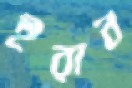
ইরান